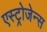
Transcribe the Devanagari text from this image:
एस्ट्रोजेन्स